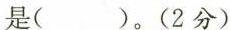
是()。(2分)